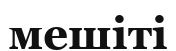
мешіті